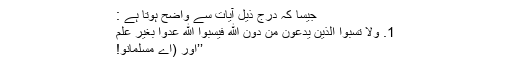
جیسا کہ درجِ ذیل آیات سے واضح ہوتا ہے :
1. وَلاَ تَسُبُّواْ الَّذِينَ يَدْعُونَ مِن دُونِ اللّهِ فَيَسُبُّواْ اللّهَ عَدْوًا بِغَيْرِ عِلْمٍ
’’اور (اے مسلمانو!